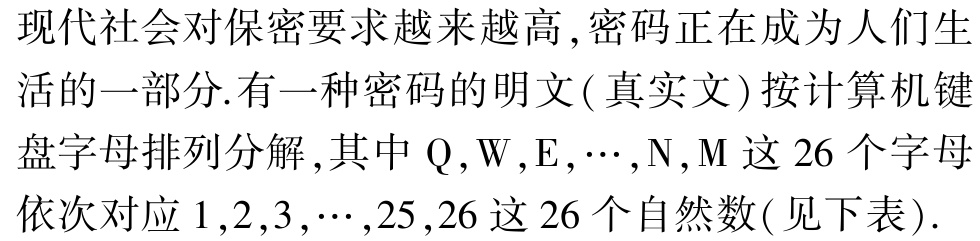
现代社会对保密要求越来越高,密码正在成为人们生活的一部分.有一种密码的明文(真实文)按计算机键盘字母排列分解,其中$\mathrm{Q},\mathrm{W},\mathrm{E},\cdots,\mathrm{N},\mathrm{M}$这$26$个字母依次对应$1,2,3,\cdots,25,26$这$26$个自然数(见下表).